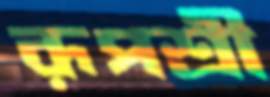
রূপশ্রী